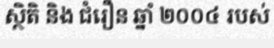
ស្ថិតិ និង ជំរឿន ឆ្នាំ ២០០៤ របស់